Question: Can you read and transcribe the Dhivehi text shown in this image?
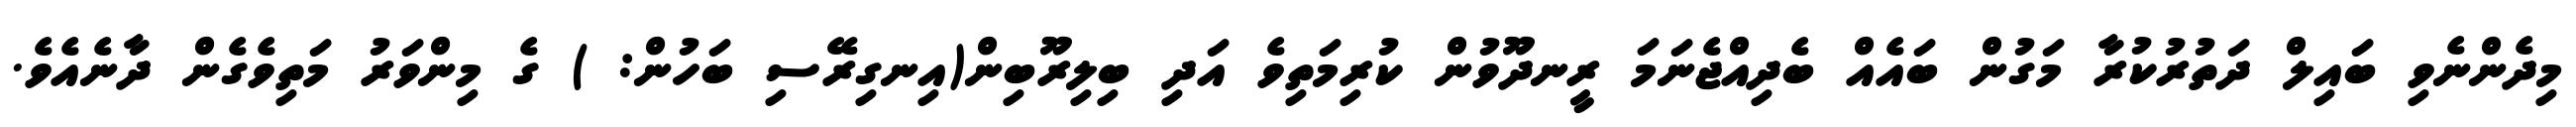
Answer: މިދެންނެވި ބައިލް ދަތުރުކުރާ މަގުން ބައެއް ބެދިއްޖެނަމަ ރީނދޫވުން ކުރިމަތިވެ އަދި ބިލިރޫބިން(އިނގިރޭސި ބަހުން: ) ގެ މިންވަރު މަތިވެގެން ދާނެއެވެ.